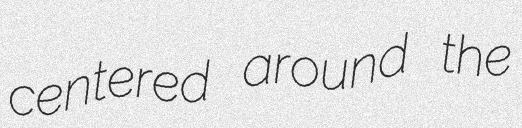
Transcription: centered around the